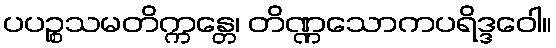
ပပဉ္စသမတိက္ကန္တေ၊ တိဏ္ဏသောကပရိဒ္ဒဝေါ။